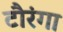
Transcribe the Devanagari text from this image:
टौरंगा